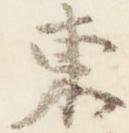
東